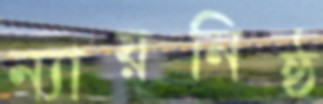
ন্যায়নিষ্ঠ